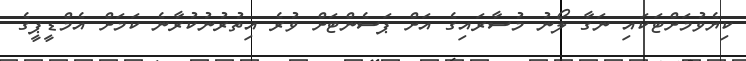
ކިޔެވުމަށްޓަކައި ނަގާ ލޯނު މުސާރައިގެ އަށް ޕަސެންޓަށް ވުރެ އިތުރުނުކުރާނެ ކަމަށް އެމްޑީޕީގެ